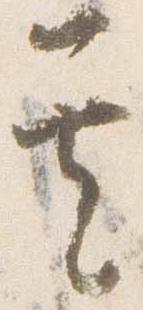
其